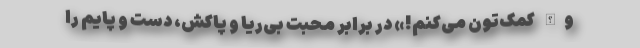
والله کمک‌تون می‌کنم!» در برابر محبت بی‌ریا و پاکش، دست و پایم را